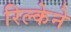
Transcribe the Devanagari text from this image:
रिल्केने